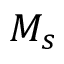
M _ { s }